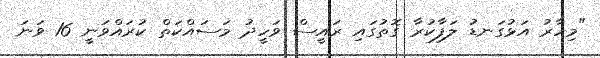
"މިހާރު އަޅުގަނޑު ލަފާކުރާ ގޮތުގައި ރައީސް ވަހީދު މަސައްކަތް ކުރައްވަނީ 16 ވަނަ